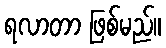
ရလာတာ ဖြစ်မည်။